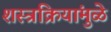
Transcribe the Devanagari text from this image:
शस्त्रक्रियांमुळे